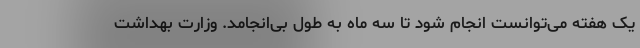
یک هفته می‌توانست انجام شود تا سه ماه به طول بی‌انجامد. وزارت بهداشت